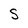
Character: S